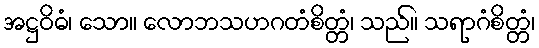
အဋ္ဌဝိဓံ၊ သော။ လောဘသဟဂတံစိတ္တံ၊ သည်။ သရာဂံစိတ္တံ၊